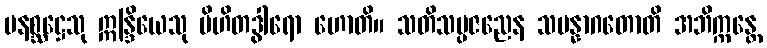
မနစ္ဆဋ္ဌေသု ဣန္ဒြိယေသု ပိဟိတဒွါရော ဟောတိ။ သတိသမ္ပဇညေန သမန္နာဂတောတိ အဘိက္ကန္တေ